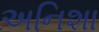
અનિશા